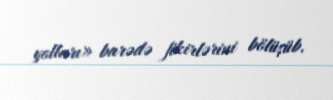
yolları» barədə fikirlərini bölüşüb.